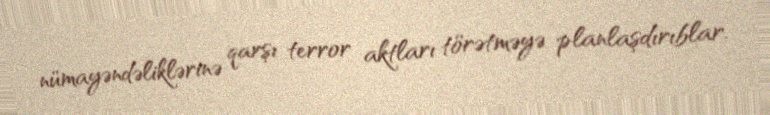
nümayəndəliklərinə qarşı terror aktları törətməyə planlaşdırıblar.